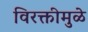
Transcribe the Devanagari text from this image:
विरक्तीमुळे